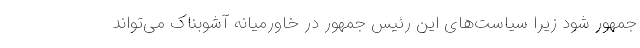
جمهور شود زیرا سیاست‌های این رئیس جمهور در خاورمیانه آشوبناک می‌تواند